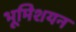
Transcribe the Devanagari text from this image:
भूमिशयन